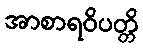
အာစာရဝိပတ္တိ